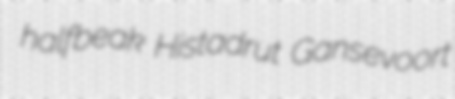
halfbeak Histadrut Gansevoort